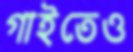
গাইতেও